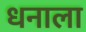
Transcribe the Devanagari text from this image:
धनाला